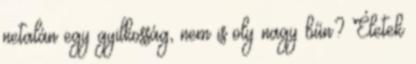
netalán egy gyilkosság, nem is oly nagy bűn? Életek